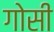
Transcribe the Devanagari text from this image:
गोसी